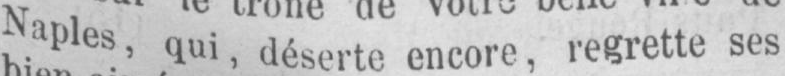
Naples, qui, déserte encore, regrette ses